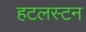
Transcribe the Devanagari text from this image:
हटलस्टन